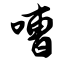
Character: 嘈